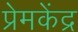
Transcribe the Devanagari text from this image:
प्रेमकेंद्र